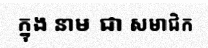
ក្នុង នាម ជា សមាជិក